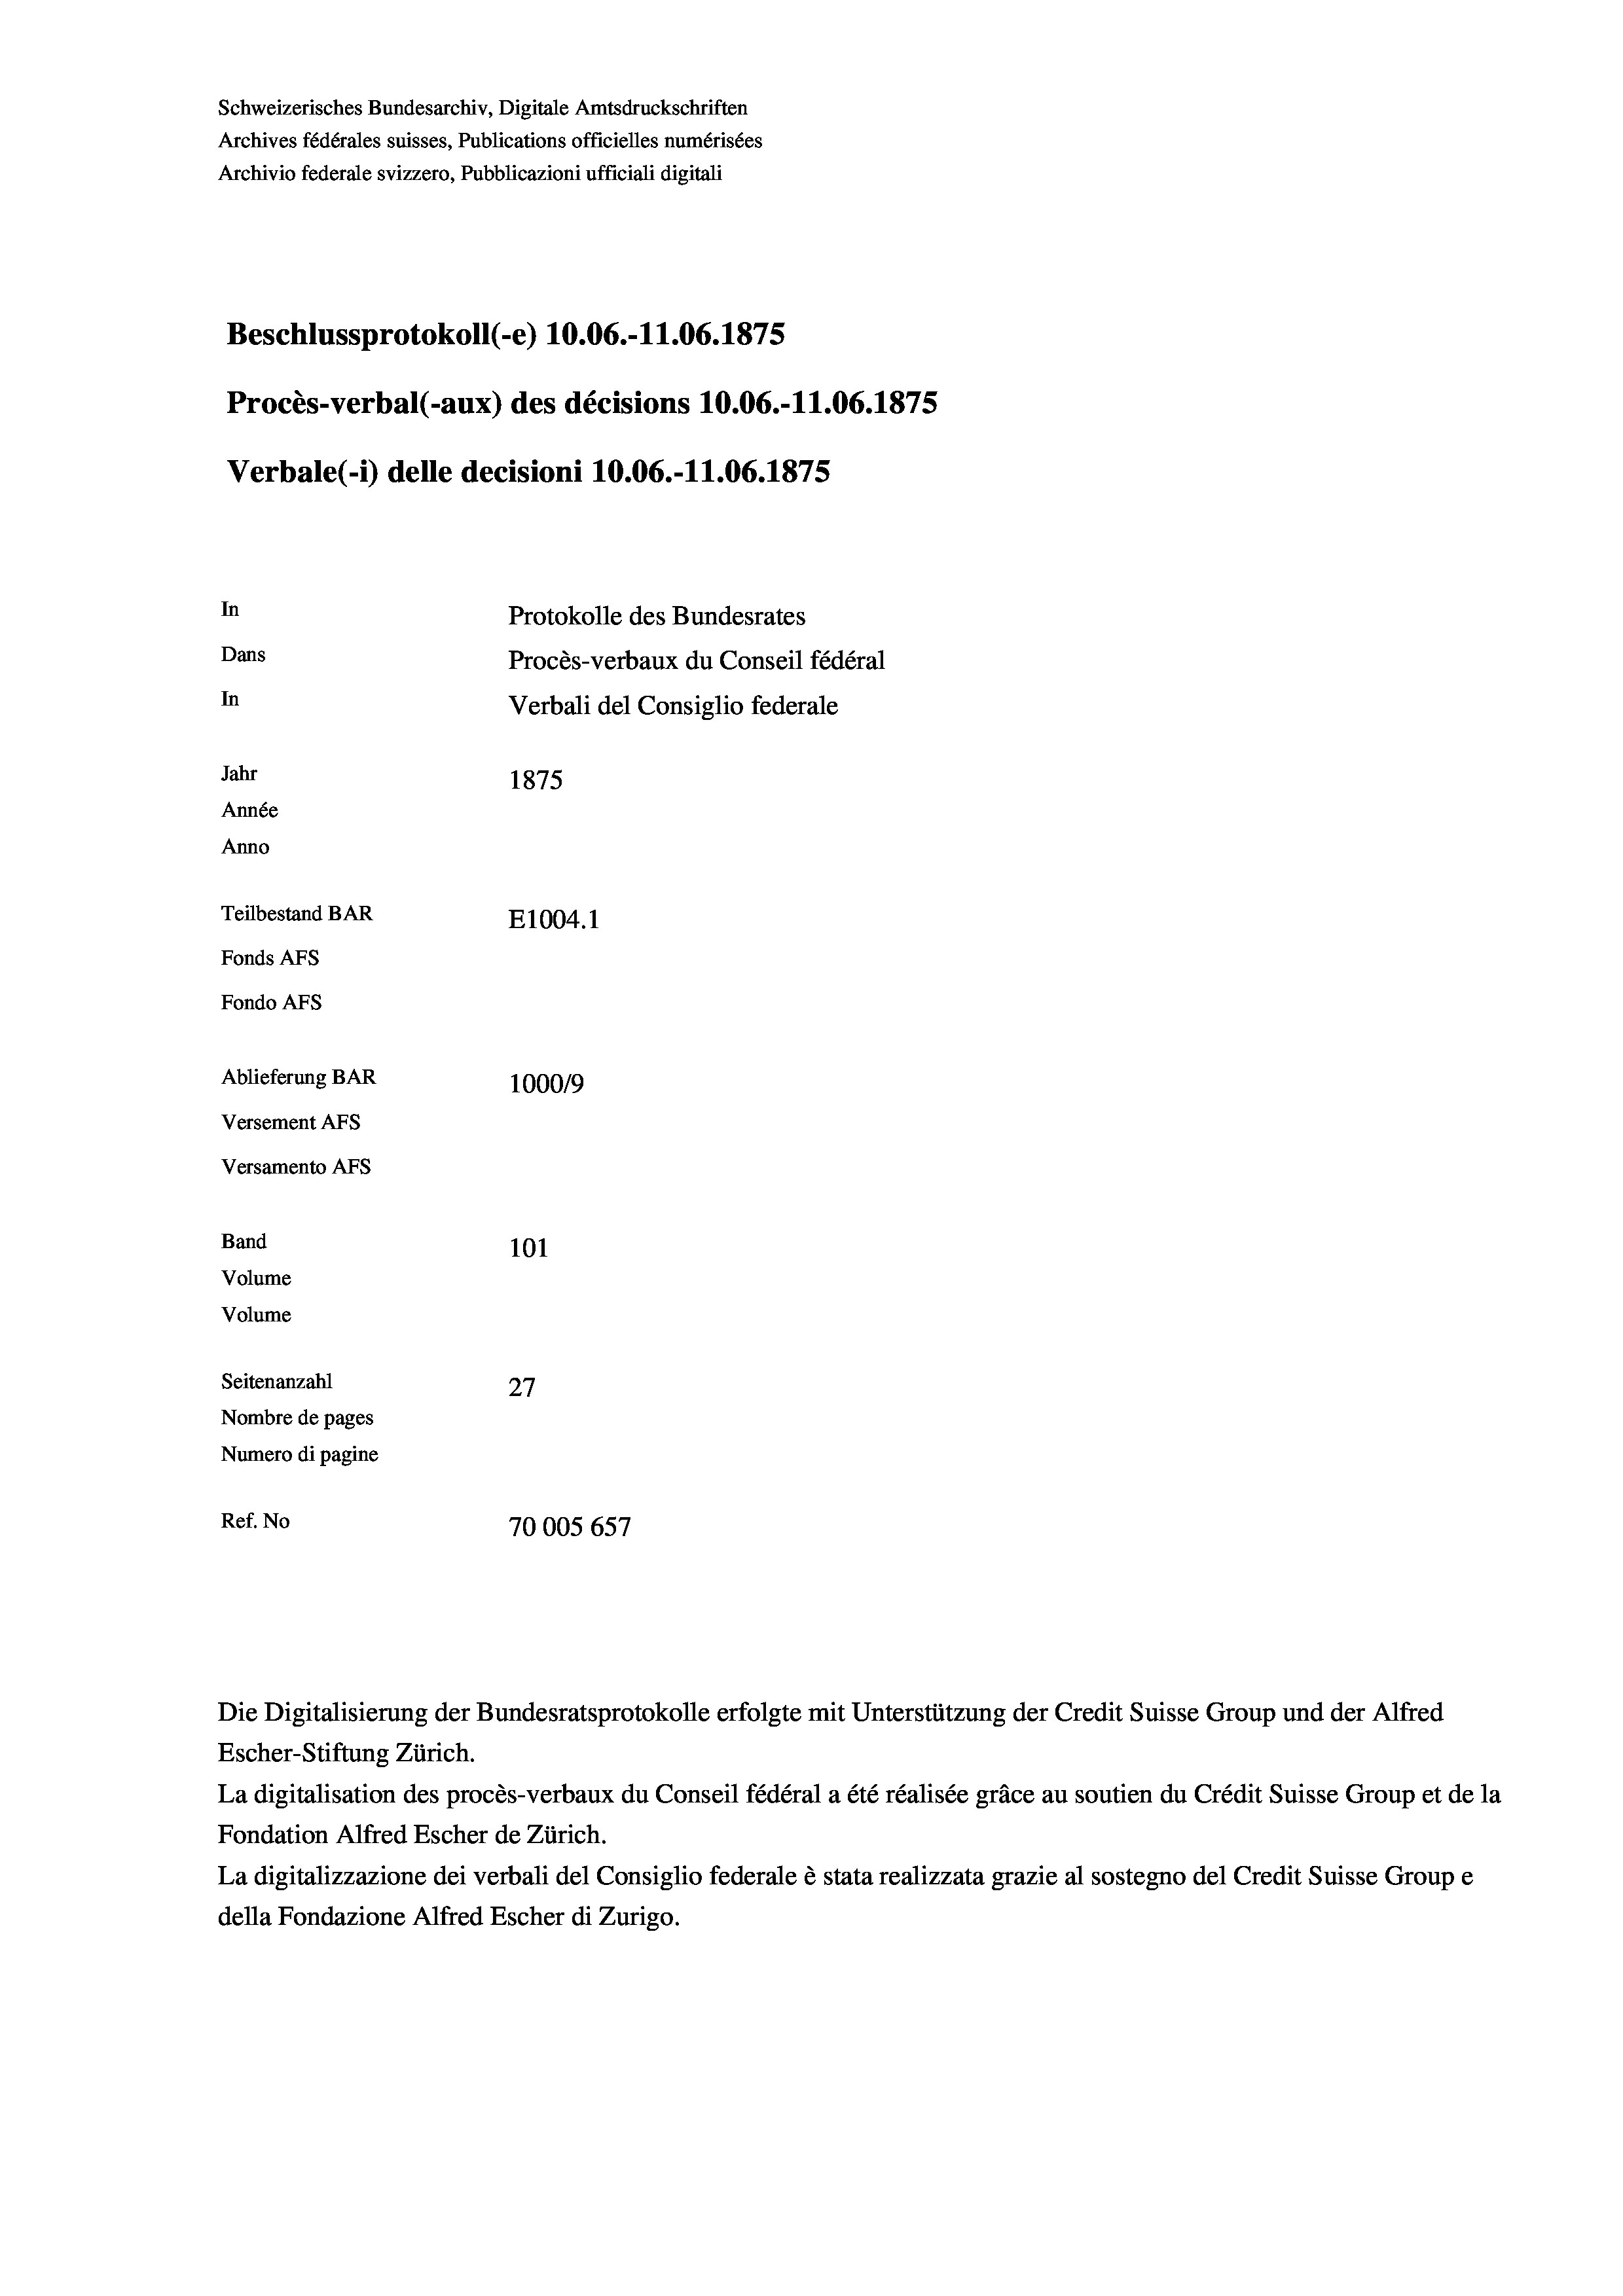
Schweizerisches Bundesarchiv, Digitale Amtsdruckschriften
Archives fédérales suisses, Publications officielles numérisées
Archivio federale svizzero, Pubblicazioni ufficiali digitali
Beschlussprotokoll (-e) 10.06.-11.06. 1875
Procès-verbal (-aux) des décisions 10.06.-11.06. 1875
Verbale (- 1) delle decisioni 10.06.-11.06. 1875
In
Protokolle des Bundesrates
Dans
Procès-verbaux du Conseil fédéral
In
Verbali del Consiglio federale
Jahr
1875
Année
Anno
Teilbestand BAR
E1004. 1
Fonds AFs
Fondo Afs
Ablieferung BAR
100019
Versement AFs
Versamento Afs
Band
101
Volume
Volume
Seitenanzahl
27
Nombre de pages
Numero di pagine
Ref. No
70005 657

Die Digitalisierung der Bundesratsprotokolle erfolgte mit Unterstützung der Credit Suisse Group und der Alfred
Escher-Stiftung Zürich.
La digitalisation des procès-verbaux du Conseil fédéral a été réalisée gräce au soutien du Crédit Suisse Group et de la
Fondation Alfred Escher de Zürich.
La digitalizzazione dei verbali del Consiglio federale è stata realizzata grazie al sostegno del Credit Suisse Groupe
della Fondazione Alfred Escher di Zurigo.